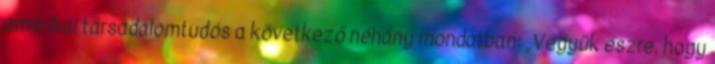
amerikai társadalomtudós a következő néhány mondatban: „Vegyük észre, hogy